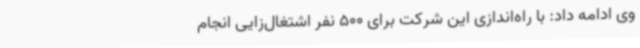
وی ادامه داد: با راه‌اندازی این شرکت برای 500 نفر اشتغال‌زایی انجام